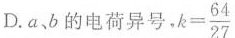
D.a、b的电荷异号， $$k= \frac{64}{27}$$